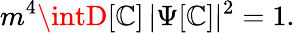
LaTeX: m^{4}\intD[\mathbb{C}]\, \vert\Psi[\mathbb{C}]\vert^{2}=1.